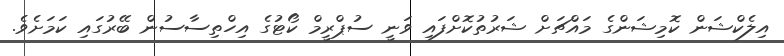
އިލެކްޝަން ކޮމިޝަންގެ މައްޗަށް ޝަރުތުކޮށްފައި ވަނީ ސުޕްރީމް ކޯޓުގެ އިހްތިސާސުން ބޭރުގައި ކަމަށެވެ.